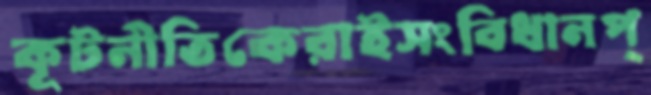
কূটনীতিকেরাইসংবিধানপ্